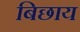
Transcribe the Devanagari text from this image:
बिछाय